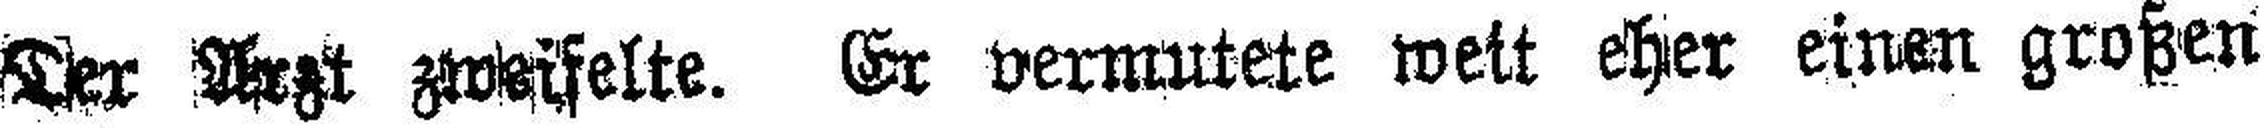
Der Arzt zweifelte. Er vermutete wett eher einen großen